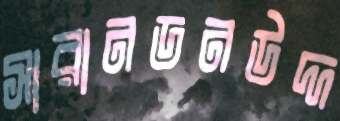
সারানডনউদ্দ